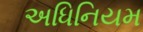
અધિનિયમ